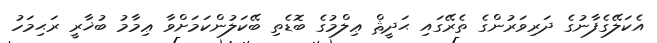
އެކަލޭގެފާނުގެ ދަރިވަރުންގެ ތެރޭގައި ޙަދީޘް ޢިލްމުގެ ބޮޑެތި ބޭކަލުންކަމަށްވާ ޢިމާމު ބުޚާރީ ރަޙިމަހު